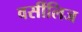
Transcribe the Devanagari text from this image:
वर्सीलिज